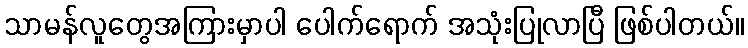
သာမန်လူတွေအကြားမှာပါ ပေါက်ရောက် အသုံးပြုလာပြီ ဖြစ်ပါတယ်။